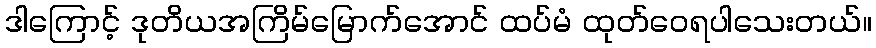
ဒါကြောင့် ဒုတိယအကြိမ်မြောက်အောင် ထပ်မံ ထုတ်ဝေရပါသေးတယ်။